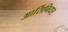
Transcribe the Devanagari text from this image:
आर्सिनियस